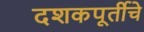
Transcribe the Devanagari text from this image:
दशकपूर्तीचे